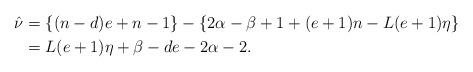
LaTeX: \begin{align*}\hat\nu&=\{(n-d)e+n-1\}-\{2\alpha-\beta+1+(e+1)n-L(e+1)\eta\}\\&=L(e+1)\eta+\beta-de-2\alpha-2.\end{align*}